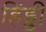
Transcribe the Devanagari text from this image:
हिंड्डी